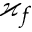
\varkappa _ { f }